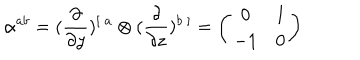
\alpha ^ { a b } = ( { \frac { \partial } { \partial y } } ) ^ { [ \ a } \otimes ( { \frac { \partial } { \partial z } } ) ^ { b \ ] } = \left( \begin{array} { c c } { { 0 } } & { { 1 } } \\ { { - 1 } } & { { 0 } } \\ \end{array} \right)